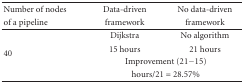
| Number of nodes | Data-driven | No data-driven |
 | of a pipeline | framework | framework |
 | --- | --- | --- |
 | <ROWSPAN=4> 40 | Dijkstra | No algorithm |
 | 15 hours | 21 hours |
 | <COLSPAN=2> Improvement (21−15) |
 | <COLSPAN=2> hours/21 = 28.57% |